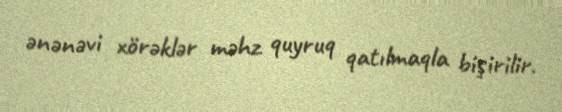
ənənəvi xörəklər məhz quyruq qatılmaqla bişirilir.